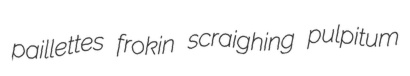
paillettes frokin scraighing pulpitum